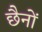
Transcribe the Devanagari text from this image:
छैनों